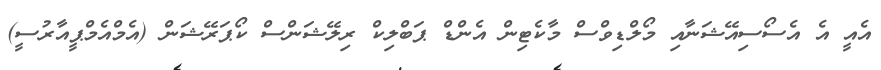
އެއީ އެ އެސޯސިއޭޝަނާއި މޯލްޑިވްސް މާކެޓިން އެންޑް ޕަބްލިކް ރިލޭޝަންސް ކޯޕަރޭޝަން (އެމްއެމްޕީއާރުސީ)